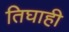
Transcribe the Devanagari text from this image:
तिघाही